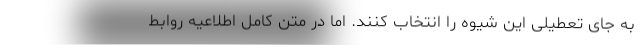
به جای تعطیلی این شیوه را انتخاب کنند. اما در متن کامل اطلاعیه روابط